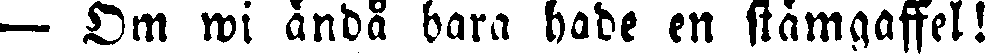
— Om wi ändå bara hade en stämgaffel!